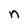
Character: n